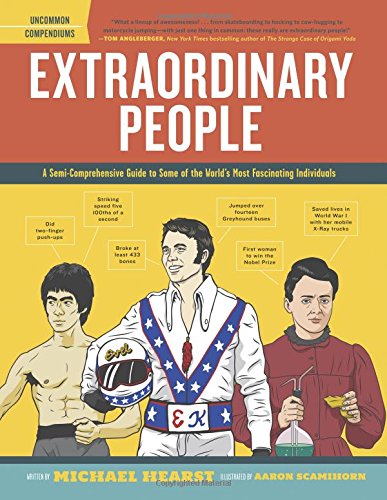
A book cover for Extraordinary People: A Semi-Comprehensive Guide to Some of the World's Most Fascinating Individuals; Michael Hearst; Children's Books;